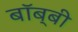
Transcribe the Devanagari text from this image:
बॉब्बी